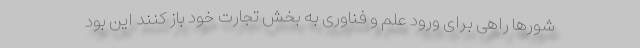
شور‌ها راهی برای ورود علم و فناوری به بخش تجارت خود باز کنند این بود